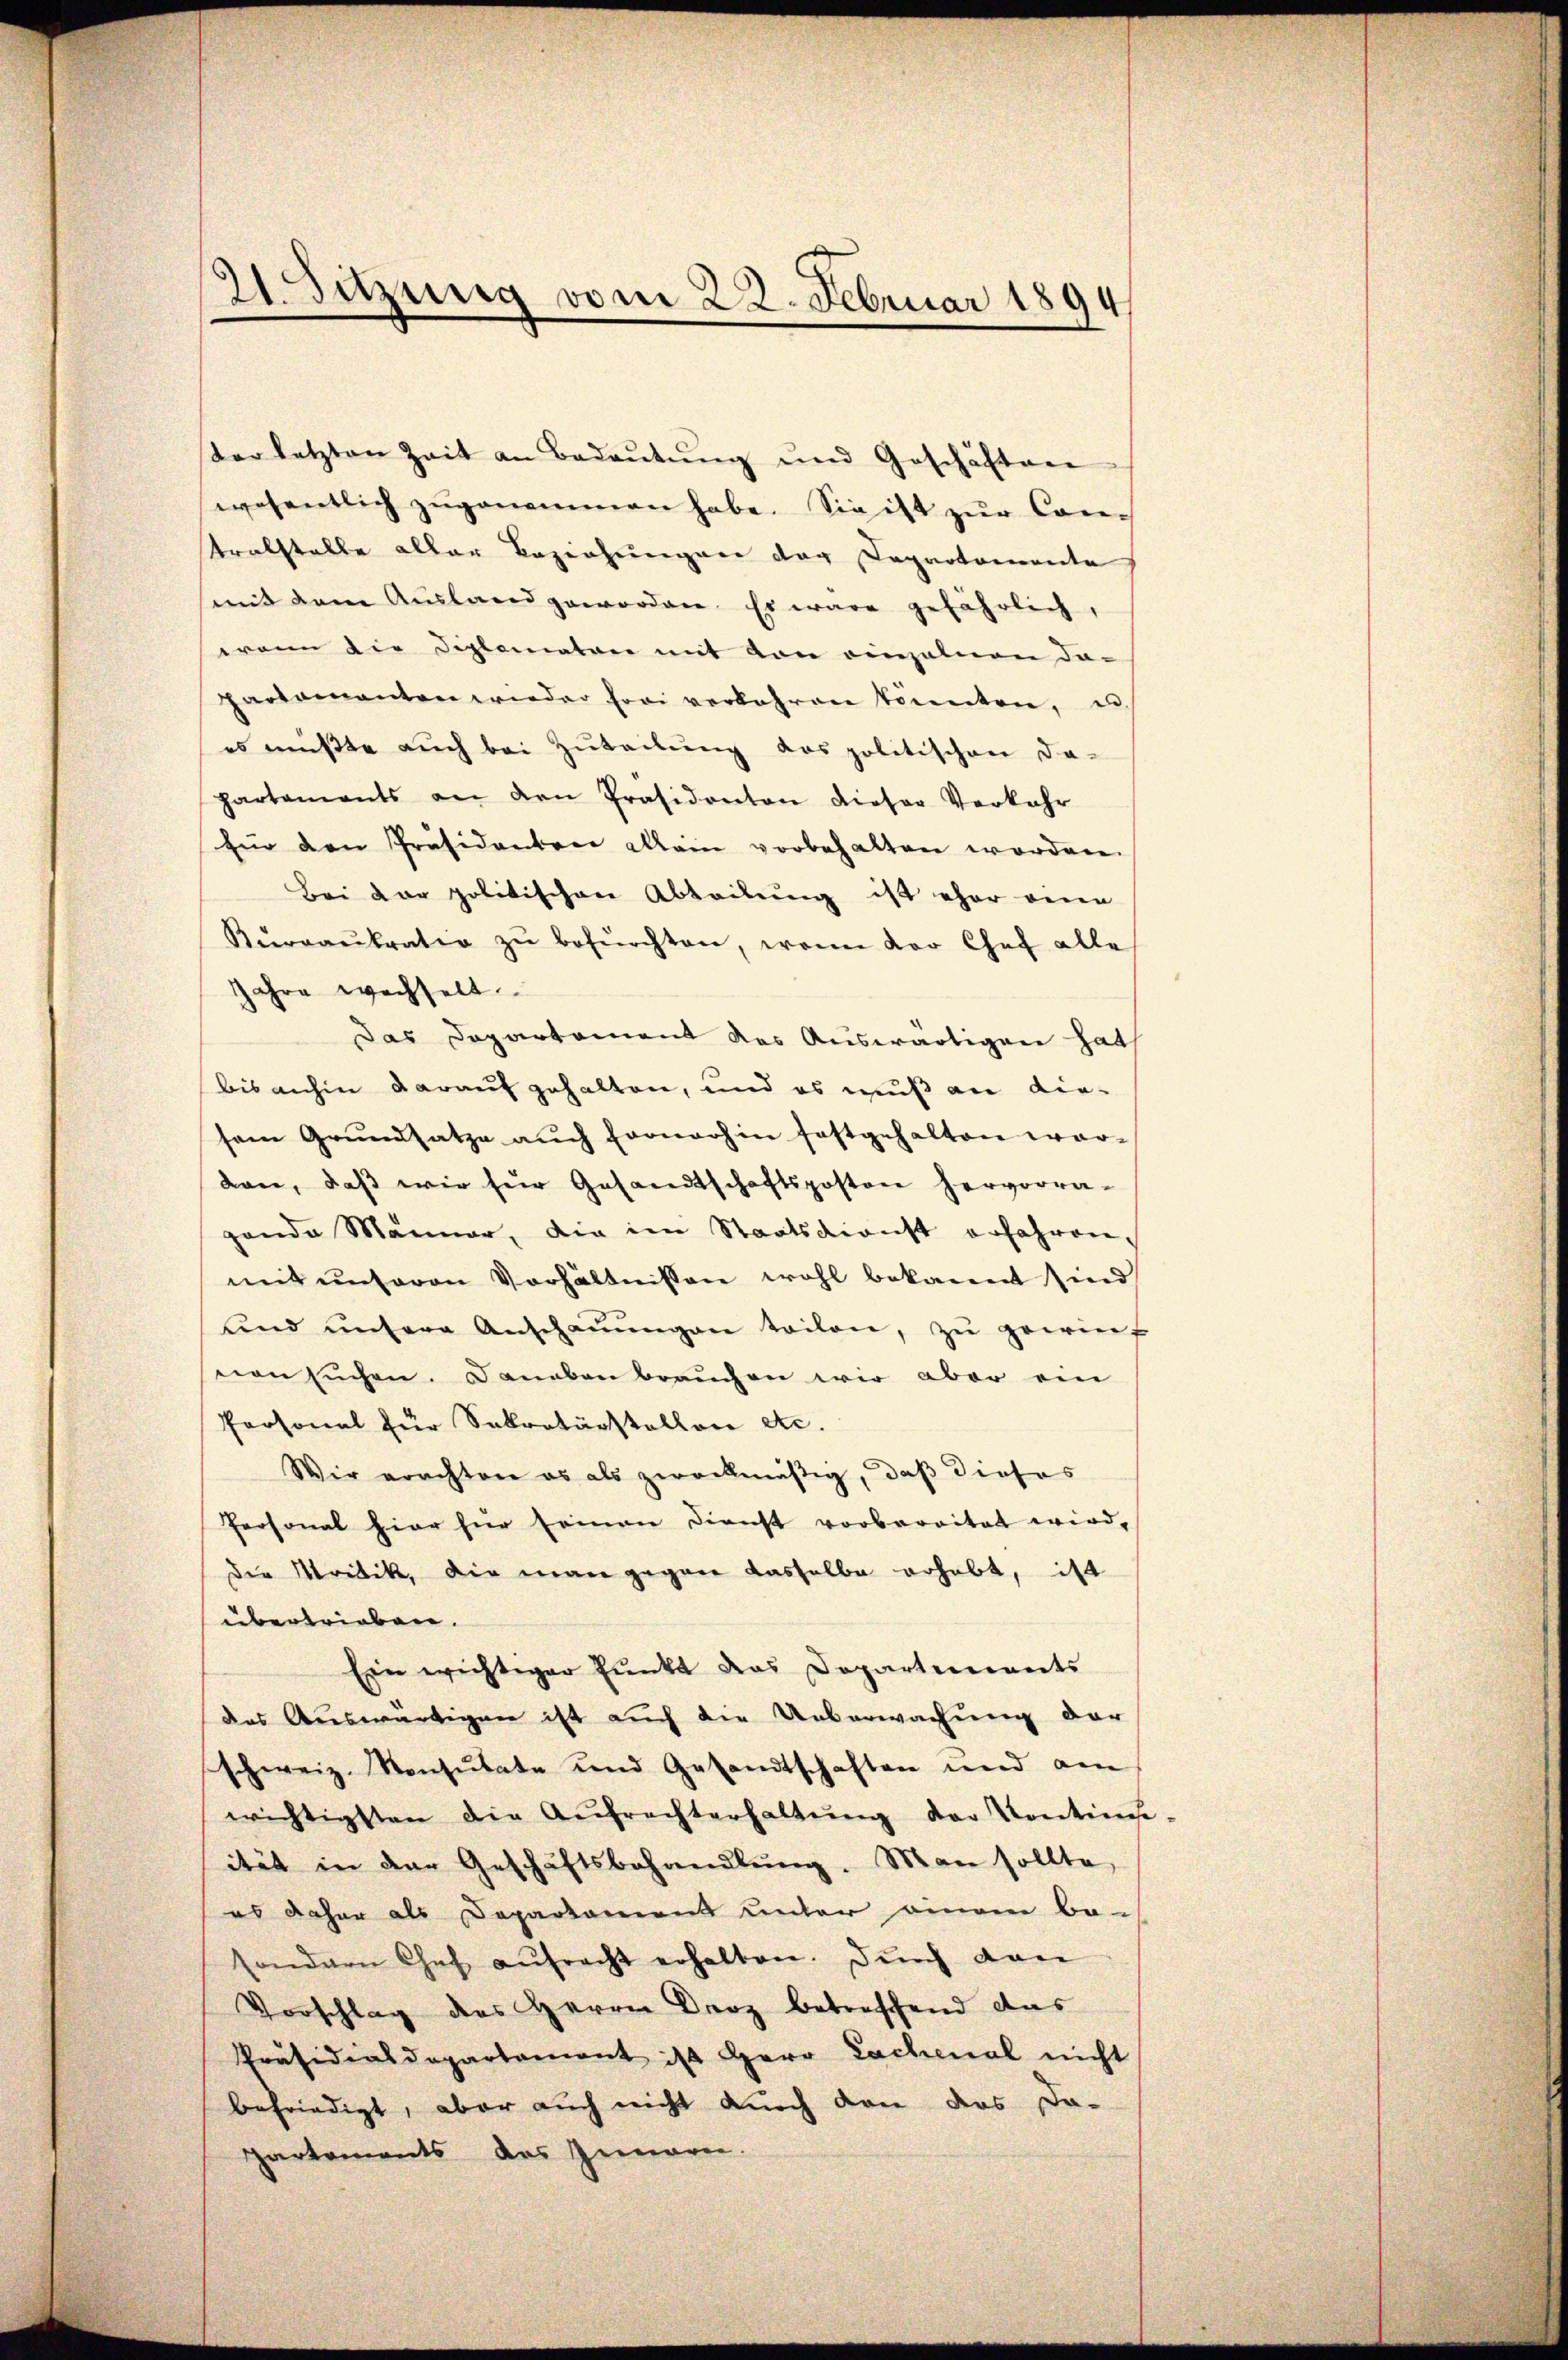
derletzten Zeit an Bedaŭtŭng und Geschäften
wosentlich zŭgenommen habe. Sie ist zur Con-
tralstelle aller Beziehungen der Departamente
(mit dem Aŭsland geworden. Es wäre gefährlich,
wann die Diplomaten mit den einzelnen da-
partamanten wieder frei verbahren könnten, un
es müsste aŭch bei Zŭteilŭng des politischen da-
hartements an den Präsidenten dieser Verkehr
für den Präsidenten allein vorbehalten worden.
Bei der politischen Abteilung ist eher eine
Kŭrgaŭbratia zŭ befürchten, wenn der Chef alle
Jahre wechselt
Das Departement des Auswärtigen hat
bis anhin darauf gehalten, und es muß an diesem Grŭndsatze aŭch Fronaohin festgehalten war-
don, daβ wir für Gesandtschaftsposton hervorra-
gende Männer, die im Staatsdienst erfahren,
mit unseren Verhältnissen wohl bekannt sind
und unsere Anschaŭŭngen teilen, zu gewint
non suchen. Danaben brauchen wir aber ein
Personal für Sekretärstellen etc.
Wir erachten es als zweckmäßig, daß dieses
Personal hier hier seinen Dienst vorbaritat wird,
die Mritik, die man gegen dasselbe erhebt, ist
übertrieben.
Ein wichtiger Punkt das Departements
das Auswärtigen ist auch die Ueberwachung der
schweiz. Konsulate und Gesandtschaften und am
wichtigsten die Aŭfrechterhaltŭng der Kontise,
ität in der Geschäftsbehandlŭng. Man sollte,
es daher als Departament unter einem be-
sondern Chef aŭfracht erhalten. Durch von
Vorschlag des Herrn Droz betreffend das
Präsidialdepartament ist Herr Lachenal nicht
befriedigt, aber auch nicht durch den das Da-
Partements des Innern.

21. Sitzung vom 22. Februar 1894